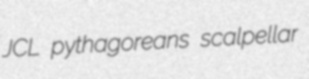
JCL pythagoreans scalpellar